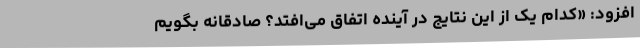
افزود: «کدام یک از این نتایج در آینده اتفاق می‌افتد؟ صادقانه بگویم